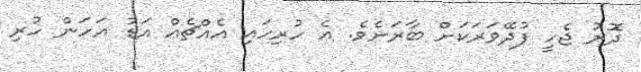
ދޮރު ޖެހީ ފުދޭވަރަކަށް ބާރަށެވެ. އެ ހުރިހައި އެއްޗެއް އަޑު އަހަން ހުރި